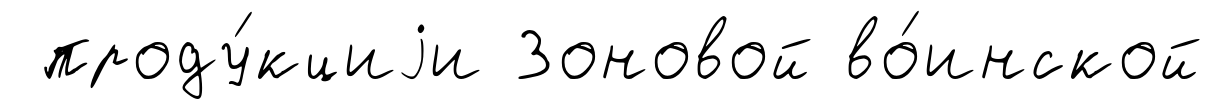
проду́кциjи Зоновой во́инской